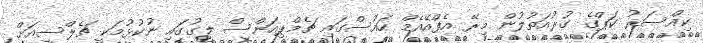
ކިއްސަރު ކަޕްގެ ގުރުއަތުލުން މިރޭ އެފްއޭއެމް ހައުސްގައި ޗެމްޕިއަންސް ލީގުގައި ނުކުޅުމަކީ ޗެލްސީއަށް